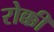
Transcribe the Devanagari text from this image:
रोक्की